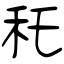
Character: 秅